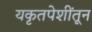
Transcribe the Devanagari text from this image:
यकृतपेशींतून